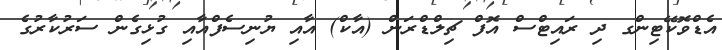
އެޑްވޮކޭޓިންގ ދި ރައިޓްސް އޮފް ޗިލްޑްރަން (އާކް) އާއި ޔުނިސެފްއާއި ގުޅިގެން ސަރުކާރުގެ